Papers set at the Examination for Leaving Certificates, 1894
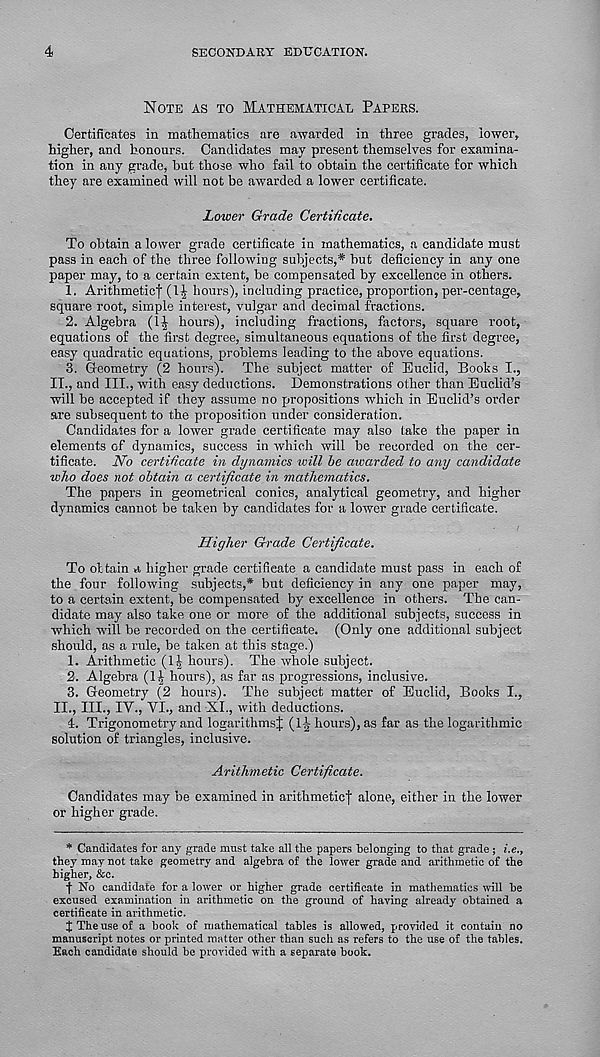
4
SECONDARY EDUCATION.
NOTE AS TO MATHEMATICAL PAPERS.
Certificates in mathematics are awarded in three grades, lower,
higher, and honours. Candidates may present themselves for examina-
tion in any grade, but those who fail to obtain the certificate for which
they are examined will not be awarded a lower certificate.
Lower Grade Certificate.
To obtain a lower grade certificate in mathematics, a candidate must
pass in each of the three following subjects,* but deficiency in any one
paper may, to a certain extent, be compensated by excellence in others.
1. Arithmetic! (1J hours), including practice, proportion, per-centage,
square root, simple interest, vulgar and decimal fractions.
2. Algebra (1^- hours), including fractions, factors, square root,
equations of the first degree, simultaneous equations of the first degree,
easy quadratic equations, problems leading to the above equations.
3. Geometry (2 hours). The subject matter of Euclid, Books I.,
IT., and III., with easy deductions. Demonstrations other than Euclid’s
will be accepted if they assume no propositions which in Euclid’s order
are subsequent to the proposition under consideration.
Candidates for a lower grade certificate may also take the paper in
elements of dynamics, success in which will be recorded on the cer-
tificate. No certificate in dynamics will be awarded to any candidate
who does not obtain a certificate in mathematics.
The papers in geometrical conics, analytical geometry, and higher
dynamics cannot be taken by candidates for a lower grade certificate.
Higher Grade Certificate.
To obtain a higher grade certificate a candidate must pass in each of
the four following subjects,* but deficiency in any one paper may,
to a certain extent, be compensated by excellence in others. The can-
didate may also take one or more of the additional subjects, success in
which wall be recorded on the certificate. (Only one additional subject
should, as a rule, be taken at this stage.)
1. Arithmetic (Ijj hours). The whole subject.
2. Algebra (1^ hours), as far as progressions, inclusive.
3. Geometry (2 hours). The subject matter of Euclid, Books I.,
II., III., IV., VI., and XI., with deductions.
4. Trigonometry and logarithms} (l-i hours), as far as the logarithmic
solution of triangles, inclusive.
Arithmetic Certificate.
Candidates may be examined in arithmetic} alone, either in the lower
or higher grade.
* Candidates for any grade must take all the papers belonging to that grade ; i.e.,
they may not take geometry and algebra of the lower grade and arithmetic of the
higher, &c.
} No candidate for a lower or higher grade certificate in mathematics will he
excused examination in arithmetic on the ground of haying already obtained a
certificate in arithmetic.
J The use of a book of mathematical tables is allowed, provided it contain no
manuscript notes or printed matter other than such as refers to the use of the tables.
Each candidate should be provided with a separate book.